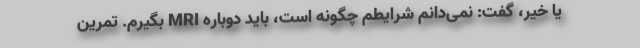
یا خیر،‌ گفت: نمی‌دانم شرایطم چگونه است، باید دوباره MRI بگیرم. تمرین